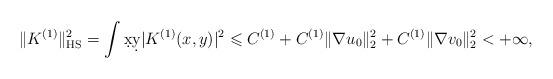
LaTeX: \begin{align*} \|K^{(1)}\|_{\operatorname{HS}}^2=\int \d x\d y |K^{(1)}(x,y)|^2\leqslant C^{(1)}+C^{(1)}\|\nabla u_0\|^2_2+C^{(1)}\|\nabla v_0\|_2^2< +\infty,\end{align*}